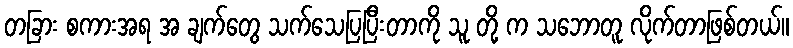
တခြား စကားအရ အ ချက်တွေ သက်သေပြပြီးတာကို သူ တို့ က သဘောတူ လိုက်တာဖြစ်တယ်။